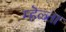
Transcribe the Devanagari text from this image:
म्हॆळ्ता